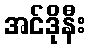
အင်ဒိုနီး